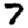
Digit: 7